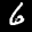
Label: 6